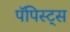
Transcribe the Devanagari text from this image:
पॅपिस्ट्स